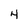
Character: 4